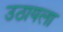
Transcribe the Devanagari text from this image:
उठायला